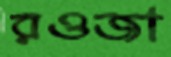
রওজা